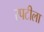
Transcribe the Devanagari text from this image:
रपटीला